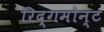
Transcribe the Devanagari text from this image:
रिद्गमोन्ट